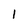
Character: 1